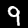
Label: 9